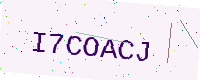
Text: I7COACJ